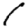
Digit: 1